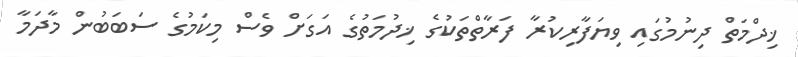
ޚިދްމަތް ދިނުމުގައި ވިޔަފާރިކުރާ ފަރާތްތަކުގެ ޚިދުމަތުގެ އަގަށް ވެސް މިކަމުގެ ސަބަބުން މާދަމާ